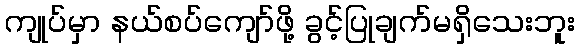
ကျုပ်မှာ နယ်စပ်ကျော်ဖို့ ခွင့်ပြုချက်မရှိသေးဘူး